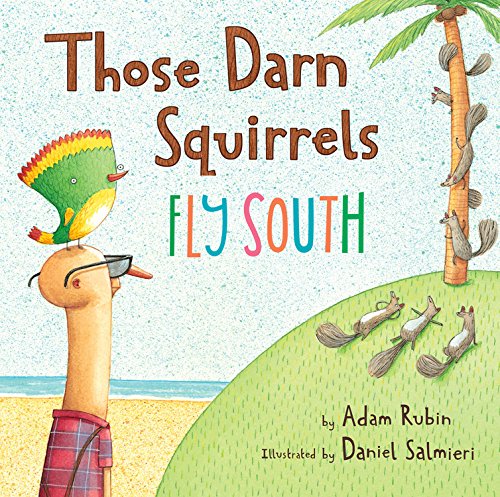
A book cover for Those Darn Squirrels Fly South; Adam Rubin; Children's Books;